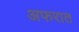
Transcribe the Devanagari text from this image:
अफरात